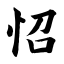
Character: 怊